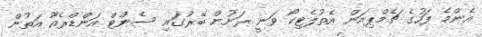
އެންމެ ފަހުގެ ޗެމްޕިއަން އެތުލެޓިކޯ ވަނީ ރަށުން ބޭރުގައި ސެންޓް އަންޑްރެއޫ އަތުން